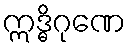
ဣဒ္ဓိဂုဏေ